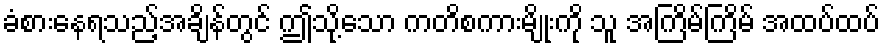
ခံစားနေရသည့်အချိန်တွင် ဤသို့သော ကတိစကားမျိုးကို သူ အကြိမ်ကြိမ် အထပ်ထပ်